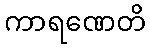
ကာရဏေတိ